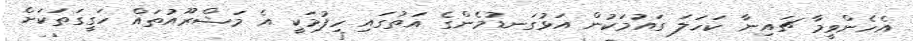
އެހެންވީމާ ޗައިނާ ކަހަލަ ގައުމަކުން އަޅުގަނޑުމެންގެ އަތުގައި ހިފުމަކީ އެ މަޝްރޫއުތައް ހަގީގަތަކަށް